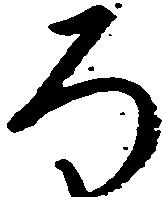
ろ